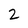
Character: 2